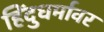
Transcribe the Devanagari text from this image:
हिंदुधर्मावर